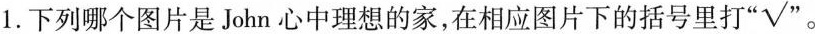
1.下列哪个图片是 John 心中理想的家，在相应图片下的括号里打“✓”。